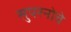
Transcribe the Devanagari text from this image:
सुपरनोवे